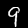
Label: 9